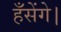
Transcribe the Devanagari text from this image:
हँसेंगे।